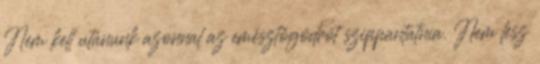
Nem kell utánunk azonnal az emésztőgödröt szippantatnia. Nem lesz